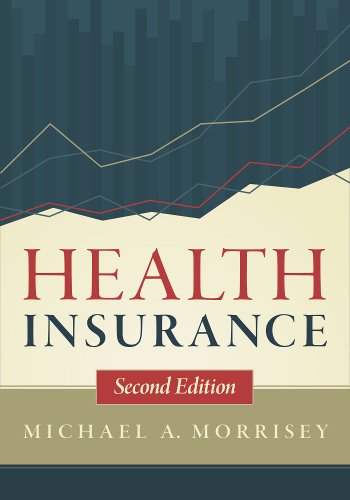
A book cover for Health Insurance, Second Edition; Michael A. Morrisey; Medical Books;